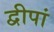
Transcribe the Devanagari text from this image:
द्वीपां